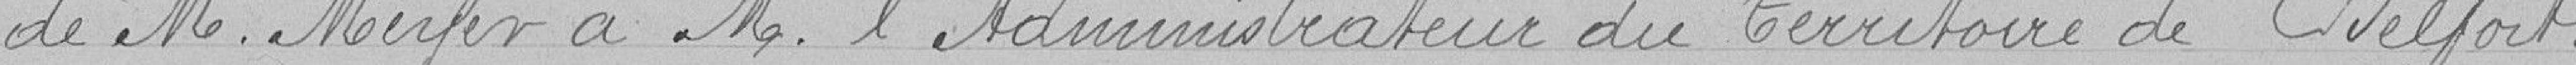
de M. Meyer à M. l'Administrateur du Territoire de Belfort